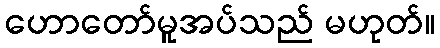
ဟောတော်မူအပ်သည် မဟုတ်။